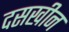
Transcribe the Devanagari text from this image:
दसखीन